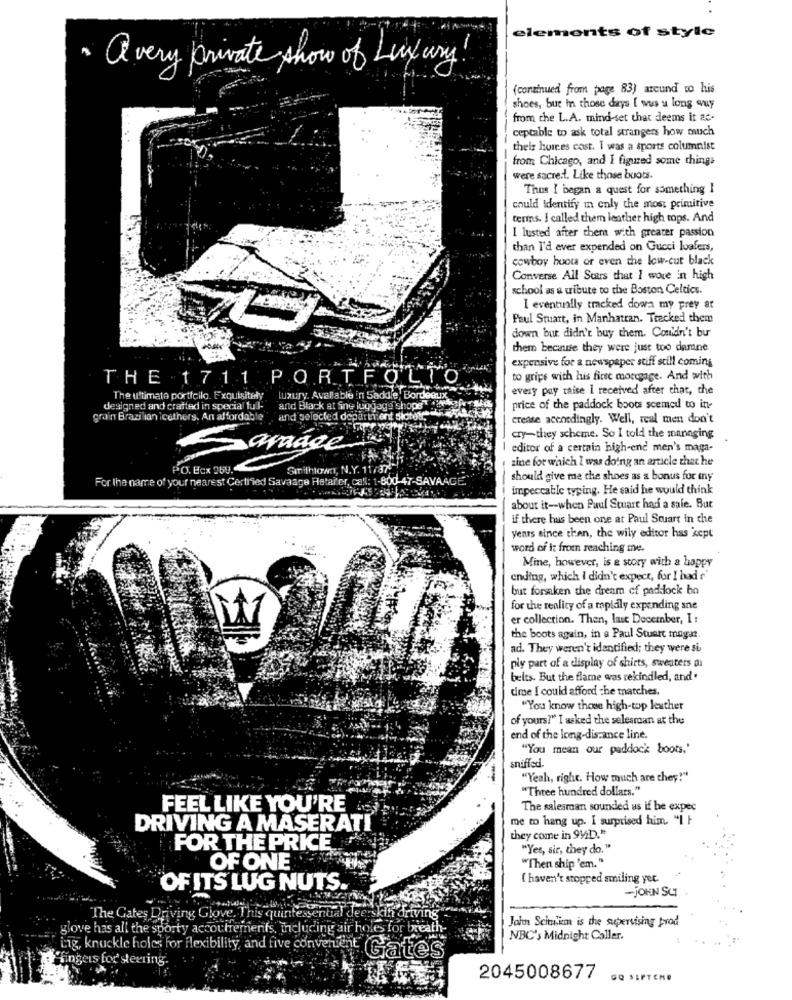
elements of style
· a very private show of Luxury!
(continued from page 83) arcund to his
shoes, but in those days I wus u long quy
from the L.A. mind set that deems it ac-
ceptable to ask total strangers how much
their homes cost. I was a sports columnist
from Chicago, and I figured some things
were sacre.t. Like those boots.
Thus I began a quest for something I
could identify in only the most primitive
terms. I called them leather high tops. And
I lusted after thera with greater passion
than I'd ever expended on Gucci loafers,
cowboy hoot or even the low-cut black
Converse All Stars chat I wore in high
school as a tribute to the Boston Celtics.
I eventually tracked down my prey at
Paul Stuart, in Manhattan. Tracked them
down but didn't buy them. Couldn't bur
them because they were just too damne.
expensive for a newspaper stiff still coming
THE 1711 PORTFOLIO
to gripe with his first moregage. And with
every pay raise I received after that, the
The ultimate portfello. Exquisitely luxury. Available in Saddle, Bordeaux
The ultimate porticilo. Exquisitely
designed and crafted in special ful- and Black at fing luggage shops" "egy
price of the paddock boots scemed to in-
grain Brazilian icethers. An affordable
rain Brazilian icethers. An affordable , and selected departnient dictor 54
crease acenedingly. Well, real men don't
cry-they scheme. So I told the managing
Savage
editor of a certain high-end men's maga-
zine for which I was doing an article that he
PO. Box 969.
Smithlown, N.Y. 11/37.
For the name of your nearest Certified Savaage Hatar'er, call: 1-800-47-SAVAAGE."
should give me the shoes as a bonus for iny
impeccable typing. He said he would think
about it -- when Paul Stuart had a safe. But
if there hus been one at Paul Stuart in che
years since then, the wily editor has sept
word of it from reaching me.
Mine, however, is a story with a happy
ending, which I didn't expect, for I had r'
but forsaken the dream of paddock bo
for the reality of a mpidly expending sne
er collection. Then, lait December, I :
the boots again, in a Paul Stuart maga?
ad. They weren't identified; they were si
ply part of a display of shirts, sweaters a)
belts. But the flame was rekindled, and .
time I could afford the matches.
"You know those high-top leather
of yours?" I asked the selesroan at the
end of the long-distance line.
"You mean our paddock boots,'
sniffed.
"Yeah, right. How much are they!"
"Three hundred dollars."
FEEL LIKE YOU'RE OS
The salesman sounded as if he expec
me to hang up. I surprised him. "I
DRIVING A MASERATI
they come in 942D."
FOR THE PRICE
"Yes, sir, they do."
"Then ship 'em."
OF ONE
( haven't stopped smiling yet.
OF ITS LUG NUTS.
-JOHN SCI
The Gates Driving Glove. This quintess
entia
Jahn Schuim is the supervising prod
glove has all the sporty accoutrements, including air holes for breat
NBC's Midnight Caller.
fingers for steering.
Lig, knuckle holes for flexibility, and five convenient Gates
2045008677
GQ SEPTEM®